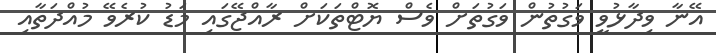
އޭނާ ވިދާޅުވީ ވަގުތުން ވަގުތަށް ވެސް ޔޮޓްތަކަށް ރާއްޖޭގައި މަޑު ކުރެވޭ މުއްދަތާއި